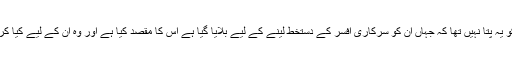
لیکن ابرار کو یہ پتا نہیں تھا کہ جہاں ان کو سرکاری افسر کے دستخط لینے کے لیے بلایا گیا ہے اس کا مقصد کیا ہے اور وہ ان کے لیے کیا کر سکتے ہیں۔